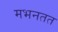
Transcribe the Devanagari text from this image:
मभनतत